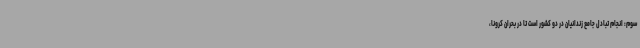
سوم: انجام تبادل جامع زندانیان در دو کشور است تا در بحران کرونا،